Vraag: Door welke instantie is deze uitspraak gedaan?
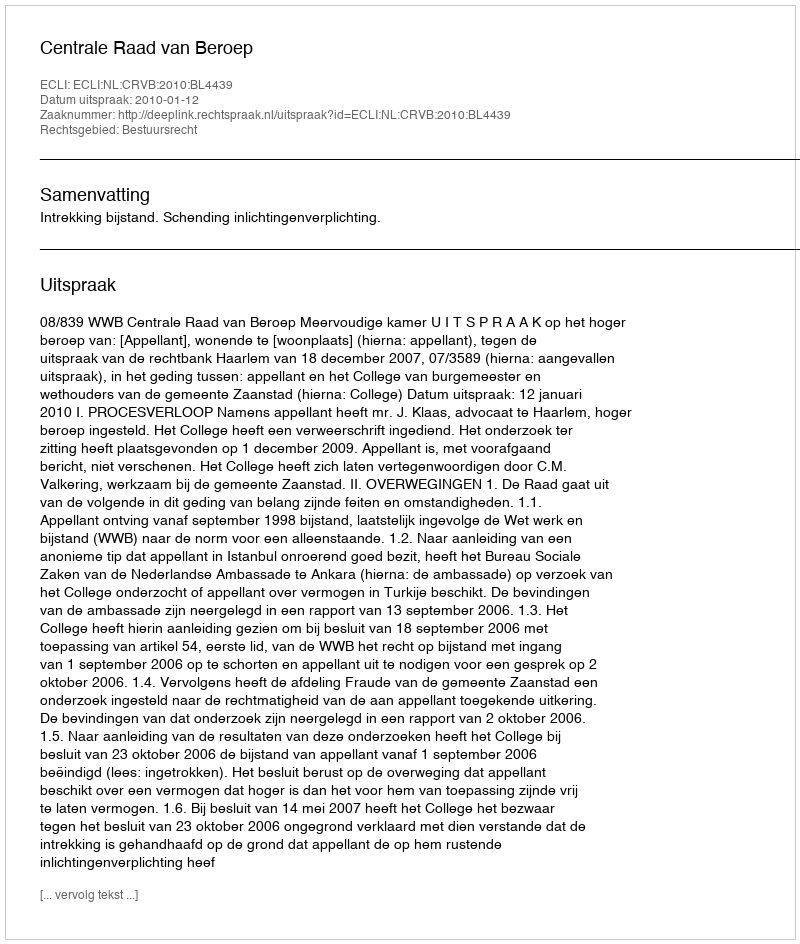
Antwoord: Centrale Raad van Beroep